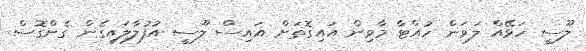
ލޫސީ ހަޅޭއް ލަވަން ހުއްޓާ މާވިން އައިގޮތަށް އައިސް ލޫސީ އުފުލާލައިގެން ގެންގޮސް